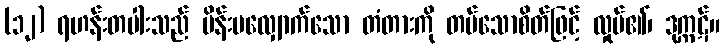
(၁၂) ရဟန်းတပါးသည် မိန်းမလျှောက်သော တံတားကို တပ်သောစိတ်ဖြင့် လှုပ်၏၊ ဒုက္ကဋ်။